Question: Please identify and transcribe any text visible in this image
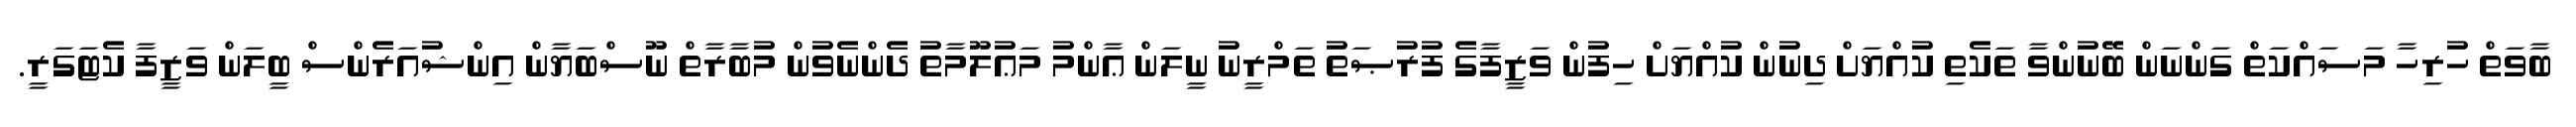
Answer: ބާވަތް ހުރިހާ މަސައްކަތް ގަންނަން ބޭނުންވާ ތަކެތި ކުއްޔަށް ދިނުން ކުއްޔަށް ހިފުން ވަޒީފާގެ ފުރުޞަތު ތަމްރީނު ނީލަން ޢާންމު މަޢުލޫމާތު ދެންނެވުން މުބާރާތް ނޫސްބަޔާން އިންޝުއަރެންސް ބީލަން ވަޒީފާ ކެޓަގަރީ.